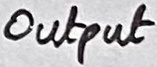
Text: Output